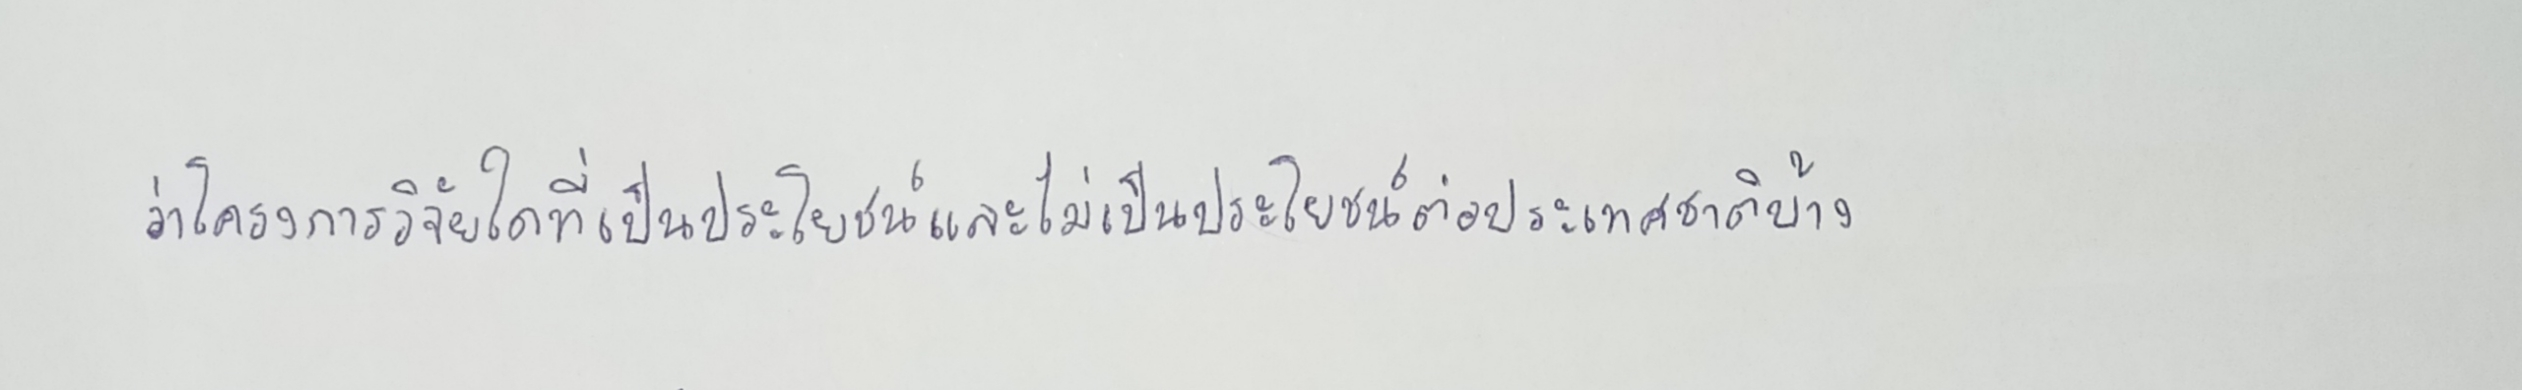
ว่าโครงการวิจัยใดที่เป็นประโยชน์และไม่เป็นประโยชน์ต่อประเทศชาติบ้าง